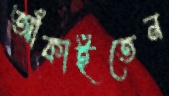
আঁকাইতেন